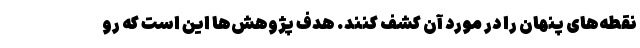
نقطه‌های پنهان را در مورد آن کشف کنند. هدف پژوهش‌ها این است که رو